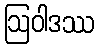
ဩဝါဒဿ